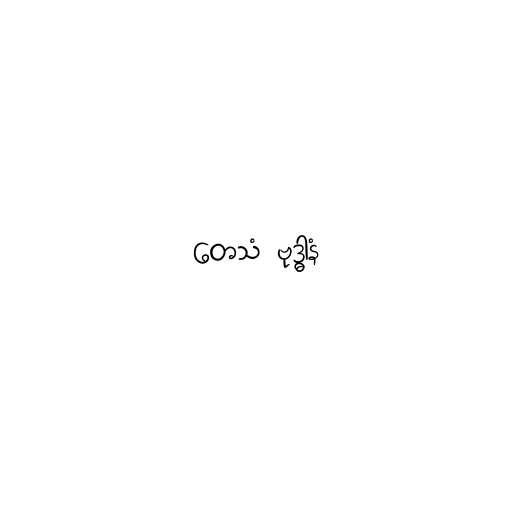
တေသံ ဗုဒ္ဓါနံ